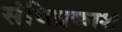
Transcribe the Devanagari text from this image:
संधिप्रकाश